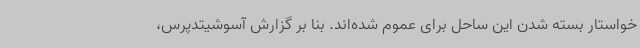
خواستار بسته شدن این ساحل برای عموم شده‌اند. بنا بر گزارش‌ آسوشیتدپرس،